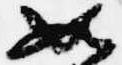
如